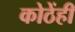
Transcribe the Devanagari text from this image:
कोठेंही